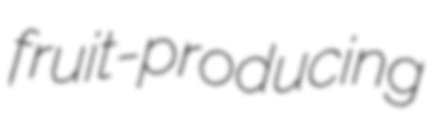
fruit-producing